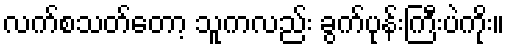
လက်စသတ်တော့ သူကလည်း ခွက်ပုန်းကြီးပဲကိုး။